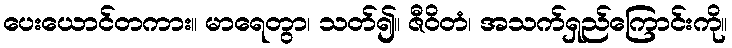
ပေးယောင်တကား။ မာရေတွာ၊ သတ်၍။ ဇီဝိတံ၊ အသက်ရှည်ကြောင်းကို။